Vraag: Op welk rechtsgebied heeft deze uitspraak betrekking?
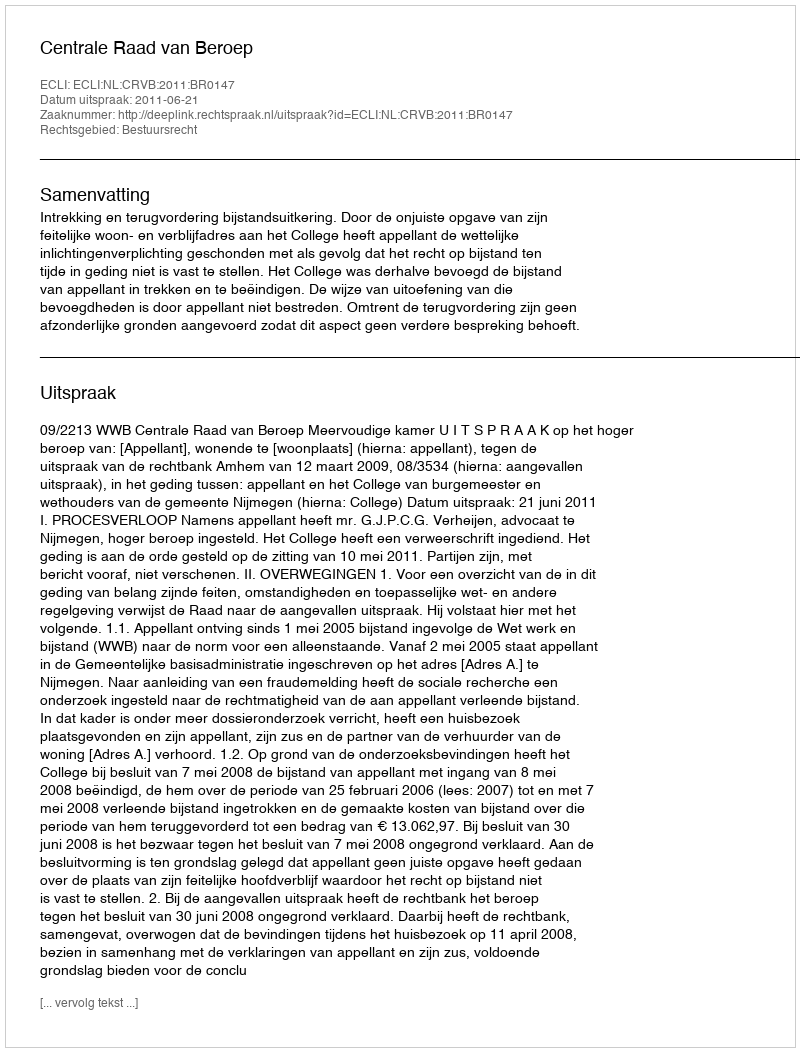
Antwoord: Bestuursrecht